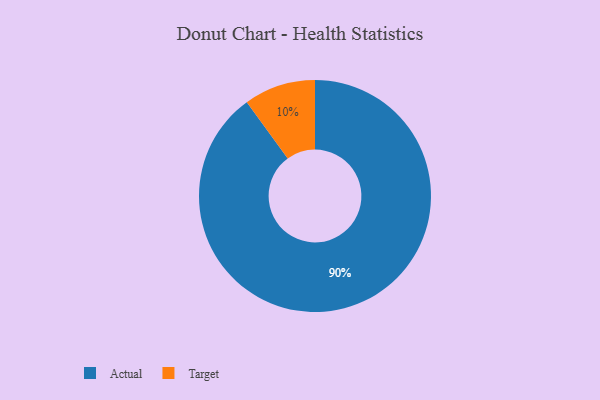
{"axis": {"x": "Category", "y": "Percentage"}, "legend": ["Actual", "Target"], "data": [{"x": "Target", "y": 10, "type": "Target"}, {"x": "Actual", "y": 90, "type": "Actual"}]}